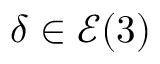
\delta \in \mathcal { E } ( 3 )